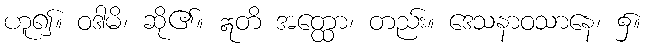
ဟူ၍။ ဝဒါမိ၊ ဆို၏။ ဣတိ အတ္ထော၊ တည်း။ ဒေသနာဝသာနေ၊ ၌။